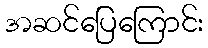
အဆင်ပြေကြောင်း